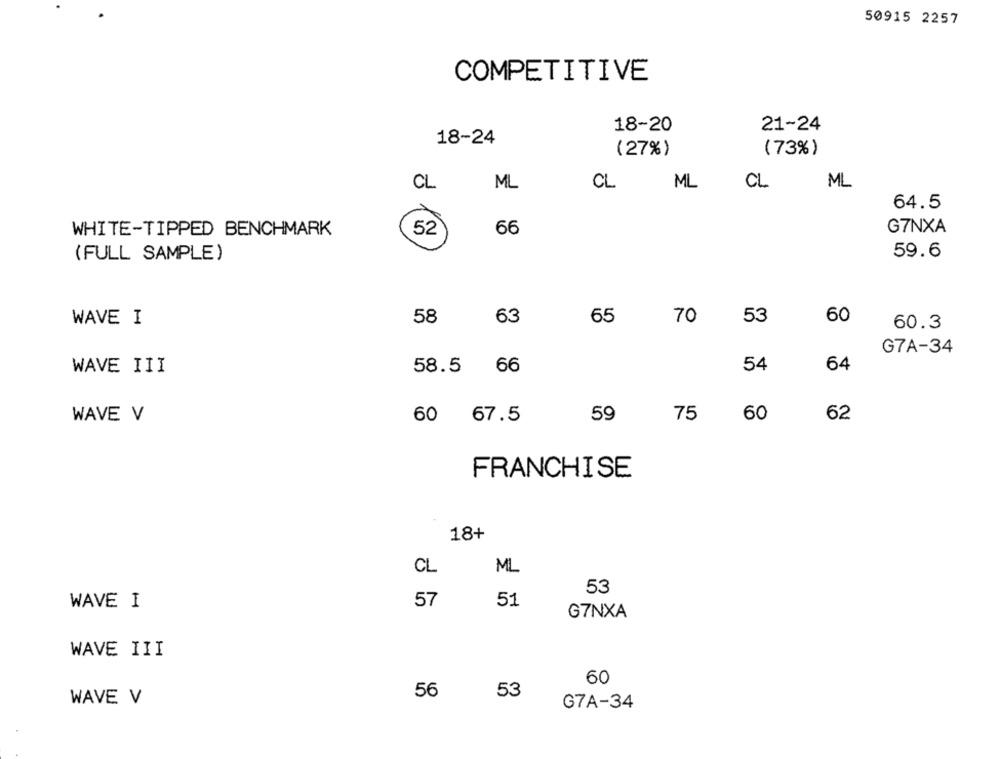
50915 2257
COMPETITIVE
18-20
21-24
18-24
(27%)
(73%)
CL
ML
CL
ML
CL
ML
64.5
WHITE-TIPPED BENCHMARK
52
66
G7NXA
(FULL SAMPLE)
59.6
58
63
65
70
53
60
WAVE I
60.3
G7A-34
WAVE III
58.5
66
54
64
WAVE V
59
75
60
62
60 67.5
FRANCHISE
18+
ML
CL
53
WAVE I
57
51
G7NXA
WAVE III
60
56
53
WAVE V
G7A-34